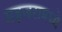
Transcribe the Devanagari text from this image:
महजरामध्ये